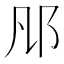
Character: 𨙮